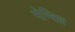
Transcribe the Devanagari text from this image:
मेन्विल